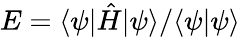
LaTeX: E=\langle\psi|\hat{H}|\psi\rangle/\langle\psi|\psi\rangle